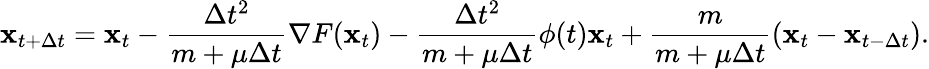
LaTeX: {\mathbf x}_{t+\Delta t}={\mathbf x}_{t}-\frac{\Delta t^{2}}{m+\mu\Delta t}\nabla F({\mathbf x}_{t})-\frac{\Delta t^{2}}{m+\mu\Delta t}\phi(t){\mathbf x}_{t}+\frac{m}{m+\mu\Delta t}({\mathbf x}_{t}-{\mathbf x}_{t-\Delta t}).